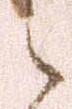
之